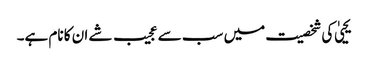
یحییٰ کی شخصیت میں سب سے عجیب شے ان کا نام ہے۔